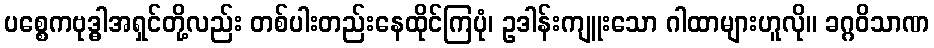
ပစ္စေကဗုဒ္ဓါအရှင်တို့လည်း တစ်ပါးတည်းနေထိုင်ကြပုံ၊ ဥဒါန်းကျူးသော ဂါထာများဟူလို။ ခဂ္ဂဝိသာဏ